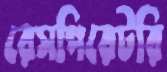
রেসপিরেটরি